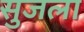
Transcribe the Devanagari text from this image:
सुजला